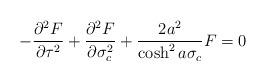
LaTeX: \begin{align*}-\frac{{\partial}^{2}F}{{\partial}\tau^{2}} +\frac{{\partial}^{2}F}{{\partial}\sigma_{c}^{2}} + \frac{2a^{2}}{\cosh^{2}a\sigma_{c}} F= 0\end{align*}